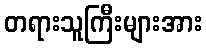
တရားသူကြီးများအား